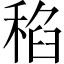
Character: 𱶑